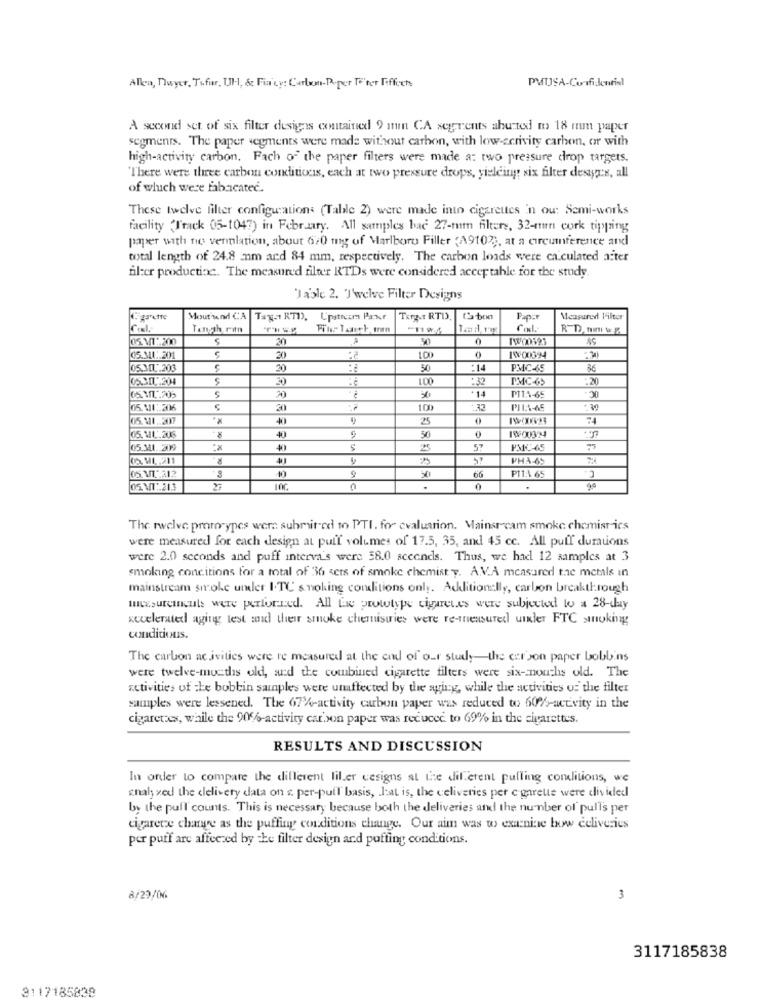
Allen, Dwyer, Tofur, Ul ., &c Fia'cy: Carlwmn-Poper Te'ter Fiffoch
A second set of six filter designs contained 9 min CA segrents ahurted n> 18 mm paper
segments. The paper vegments were made without carbon, with low-scrivity carbon, or with
high-activity carbon. Fach of the paper filters were made a: two pressure drop targets.
There were three carbon conditions, each at two pressure drops, yielding six filter desyes, all
of which were fabacatee.
These twelve filter configurations (Table 2) were made into cigarettes 'n ou: Semi-works
facility (Track 05-1047) in February. All samples bac 27-mm filters, 32-mm cork tipping
paper with no vermlation, about 670 mg of Marlboro Filler <A910%), at a circumference and
total length of 24.8 mm ard 84 mm, respectively. The carbon loads were calculated aiter
fl:er productinc. The measured filter RTDs were considered accep table for the study
Table 2. Twelve Filter Designs
Mout send CA
Tag-1 RTD), Upstream Paner
TREAT RTD.
Papar
Measured Vilto
Ten,th rin
Cod .:
R-D. nim w.
20
50
0
05.341: 201
20
100
1900094
05.3.208
20
:
30
:14
PMC-65
36
05.311.204
$
20
:32
PMC -65
.20
OC
+14
PTIN-65
05.411: 206
20
100
PILA-ME
30
05.11. 207
**
40
25
0
19900324
05.MIL.206
40
50
05 31. 309
25
57
PMC45
PHA-65
2:1
30
15
66
PITA 65
05.MT :. 21.3
0
0
The twelve prororypes wers submit-ed to PTI. for evaluation. Mainsrcam smoke chemist ics
were measured for each design at puff volumes of 17.5, 35, and 45 cc. All puff dumauons
were 2.0 seconds and puff interva's were 58.0 sceenels. Thus, we had 12 samples at 3
smoking conditions for a total of 36 sets of smoke chemist y. A.V.A measured the memals in
mainstream smoke umler I.TC smoking conditions only. Additionally, carbon breakthrough
tuesurconculs were performed. All tae prototype cigaretes were subjected to a 28-day
accelerated aging test and their smoke chemisuries were re-measured under FTC smoking
conditions.
The carbon ac ivities were re measured at the end of our study the est son paper bobbins
were twelve-months old, and the combined cigarette filters were six- nouchs old. The
activities of the bobbin samples were umaffected by the aging, while the activities of the filter
samples were lessened. The 67'4-activity carbon paper was reduced to 60%-activity in the
cigarettes, while the 90%-activity carson paper was reduced to 69% in the cigarettes.
RESULTS AND DISCUSSION
In order to compare the different filter cesigns at the different pulling conditions, we
shah xed the clelivety data on s. per-pull basis, lat is, the celiveries per cigarette were divided
by the pull counts. This is necessary because both the deliveries and the number of pulls per
cigarete change as the puffing conditions change. Our aim was w exanine bow deliveries
por puff are affected by the filter design and puffing conditions.
8/29/06
3
3117185838
3117185838